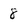
Character: 8